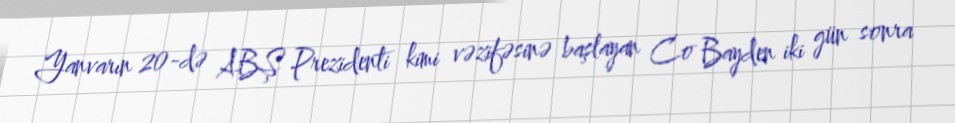
Yanvarın 20-də ABŞ Prezidenti kimi vəzifəsinə başlayan Co Bayden iki gün sonra